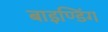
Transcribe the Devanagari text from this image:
बाइण्डिंग